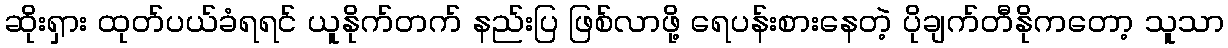
ဆိုးရှား ထုတ်ပယ်ခံရရင် ယူနိုက်တက် နည်းပြ ဖြစ်လာဖို့ ရေပန်းစားနေတဲ့ ပိုချက်တီနိုကတော့ သူသာ